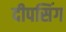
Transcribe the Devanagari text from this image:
दीपसिंग